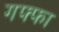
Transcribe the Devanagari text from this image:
गफ्फा